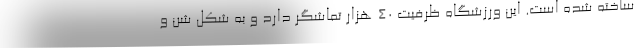
ساخته شده است. این ورزشگاه ظرفیت 40 هزار تماشگر دارد و به شکل شن و